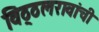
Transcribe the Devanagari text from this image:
विठ्ठलरावांची